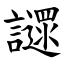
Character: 䜚